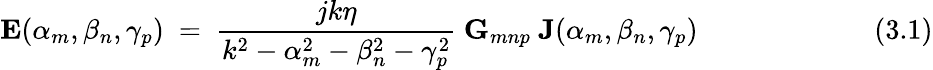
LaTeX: \mathbf{E}(\alpha_{m},\beta_{n},\gamma_{p})~=~{\frac{jk\eta}{k^{2}-\alpha_{m}^{2}-\beta_{n}^{2}-\gamma_{p}^{2}}}~\mathbf{G}_{mnp}~\mathbf{J}(\alpha_{m},\beta_{n},\gamma_{p})~~~~~~~~~~~~~~~~~~~~~~~~~(3.1)